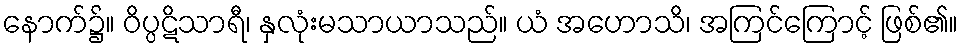
နောက်၌။ ဝိပ္ပဋိသာရီ၊ နှလုံးမသာယာသည်။ ယံ အဟောသိ၊ အကြင်ကြောင့် ဖြစ်၏။